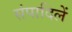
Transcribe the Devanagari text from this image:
संपादिलें